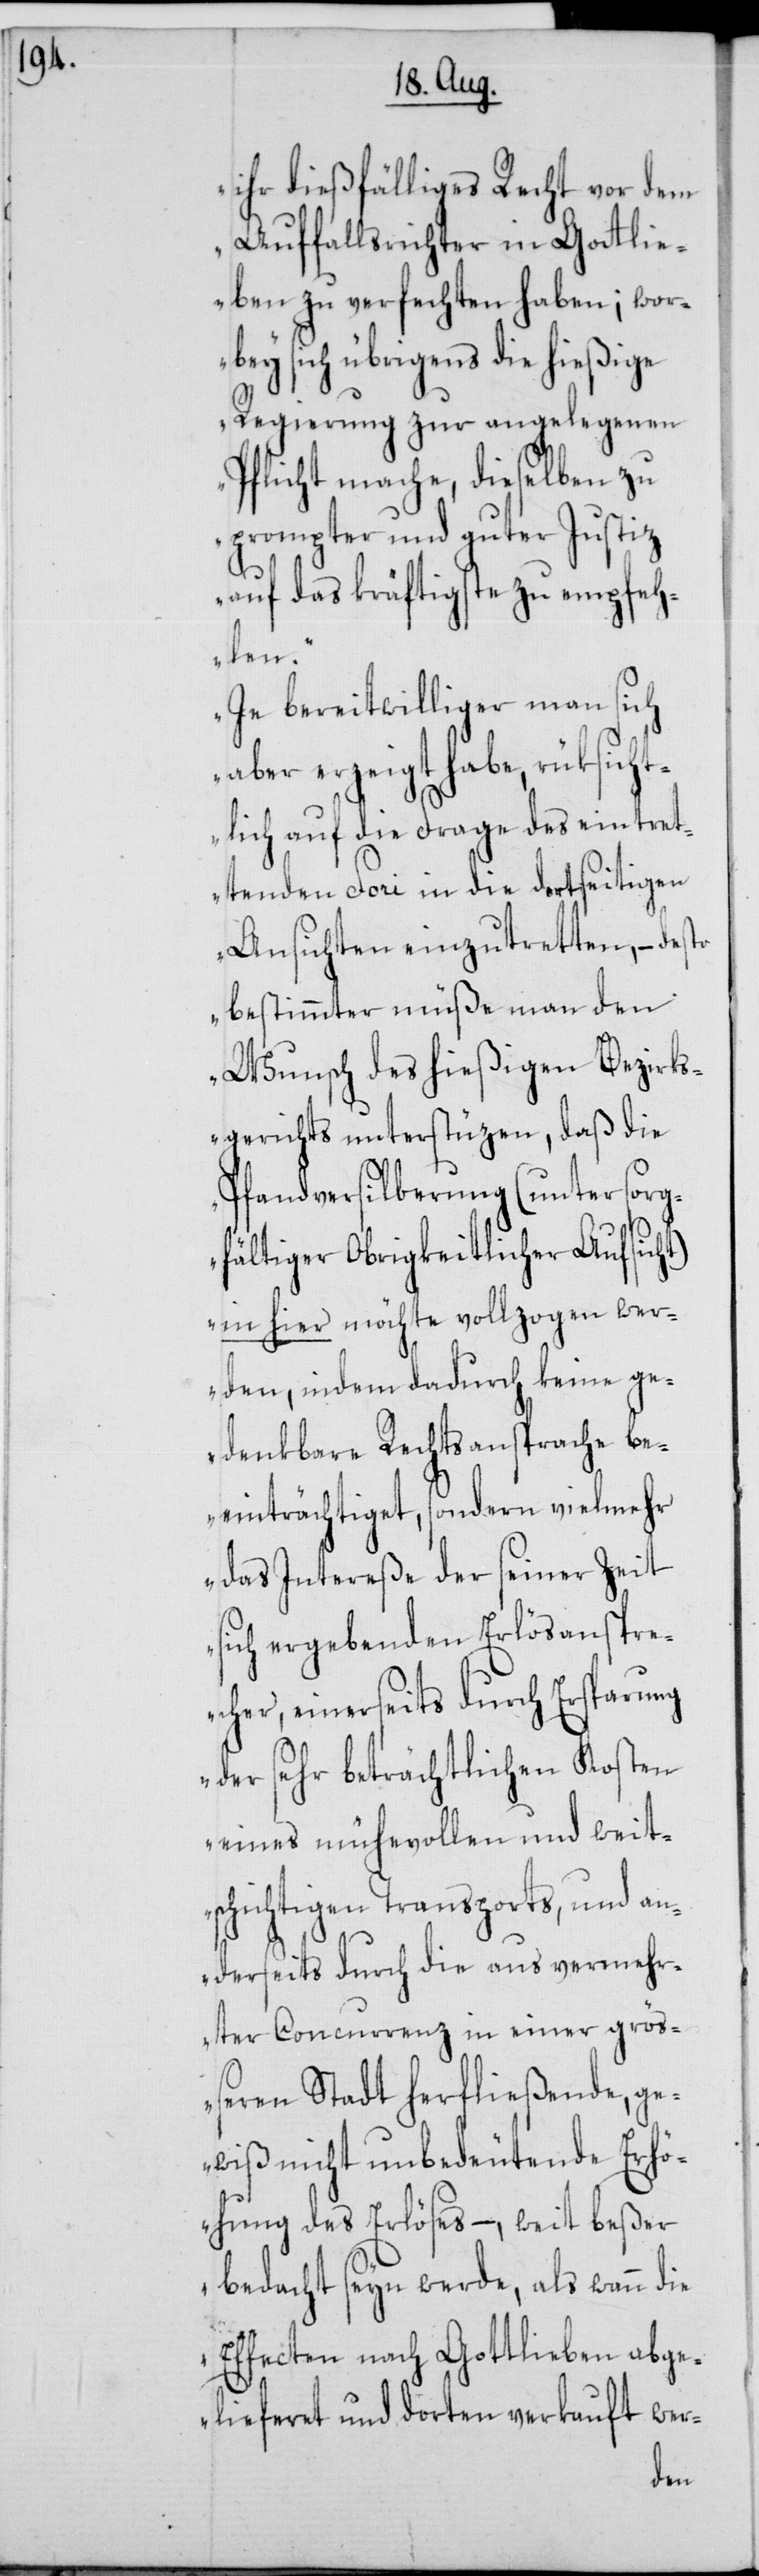
ihr dießfälliges Recht vor dem
Auffallsrichter in Gottli¬
eben zu verfechten haben; wor¬
bey sich übrigens die hießige
Regierung zur angelegenen
Pflicht mache, dieselben zu
prompter und guter Justiz
auf das kräftigste zu empfeh¬
len.
Je bereitwilliger man sich
aber erzeigt habe, rüksicht¬
lich auf die Frage des eintret¬
tenden Fori in die dortseitigen
Ansichten einzutretten, – desto
bestimmter müße man den
Wunsch des hießigen Bezirks¬
gerichts unterstüzen, daß die
Pfandversilberung (unter sorg¬
fältiger Obrigkeitlicher Aufsicht)
in hier möchte vollzogen wer¬
den, indem dadurch keine ge¬
denkbare Rechtsansprache be¬
einträchtiget, sondern vielmehr
das Intereße der seiner Zeit
sich ergebenden Erlösanspre¬
cher, einerseits durch Ersparung
der sehr beträchtlichen Kosten
eines mühevollen und weit¬
schichtigen Transports, und an¬
derseits durch die aus vermehr¬
ter Concurrenz in einer größ¬
eren Stadt herfließende, ge¬
wiß nicht unbedeutende Erhö¬
hung des Erlöses –, weit beßer
bedacht seyn werde, als wann die
Effecten nach Gottlieben abge¬
lieferet und dorten verkauft wer-